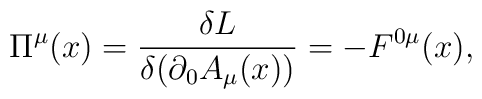
\Pi ^{\mu}(x)=\frac{\delta L}{\delta(\partial_0 A_{\mu}(x))}=-F^{0 \mu}(x),